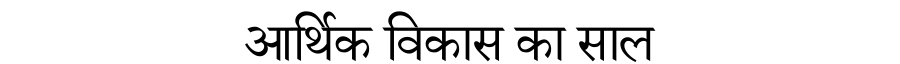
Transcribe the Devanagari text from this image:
आर्थिक विकास का साल